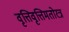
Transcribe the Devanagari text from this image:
वृत्तिवृत्तिमतोरत्र